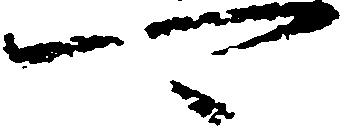
可